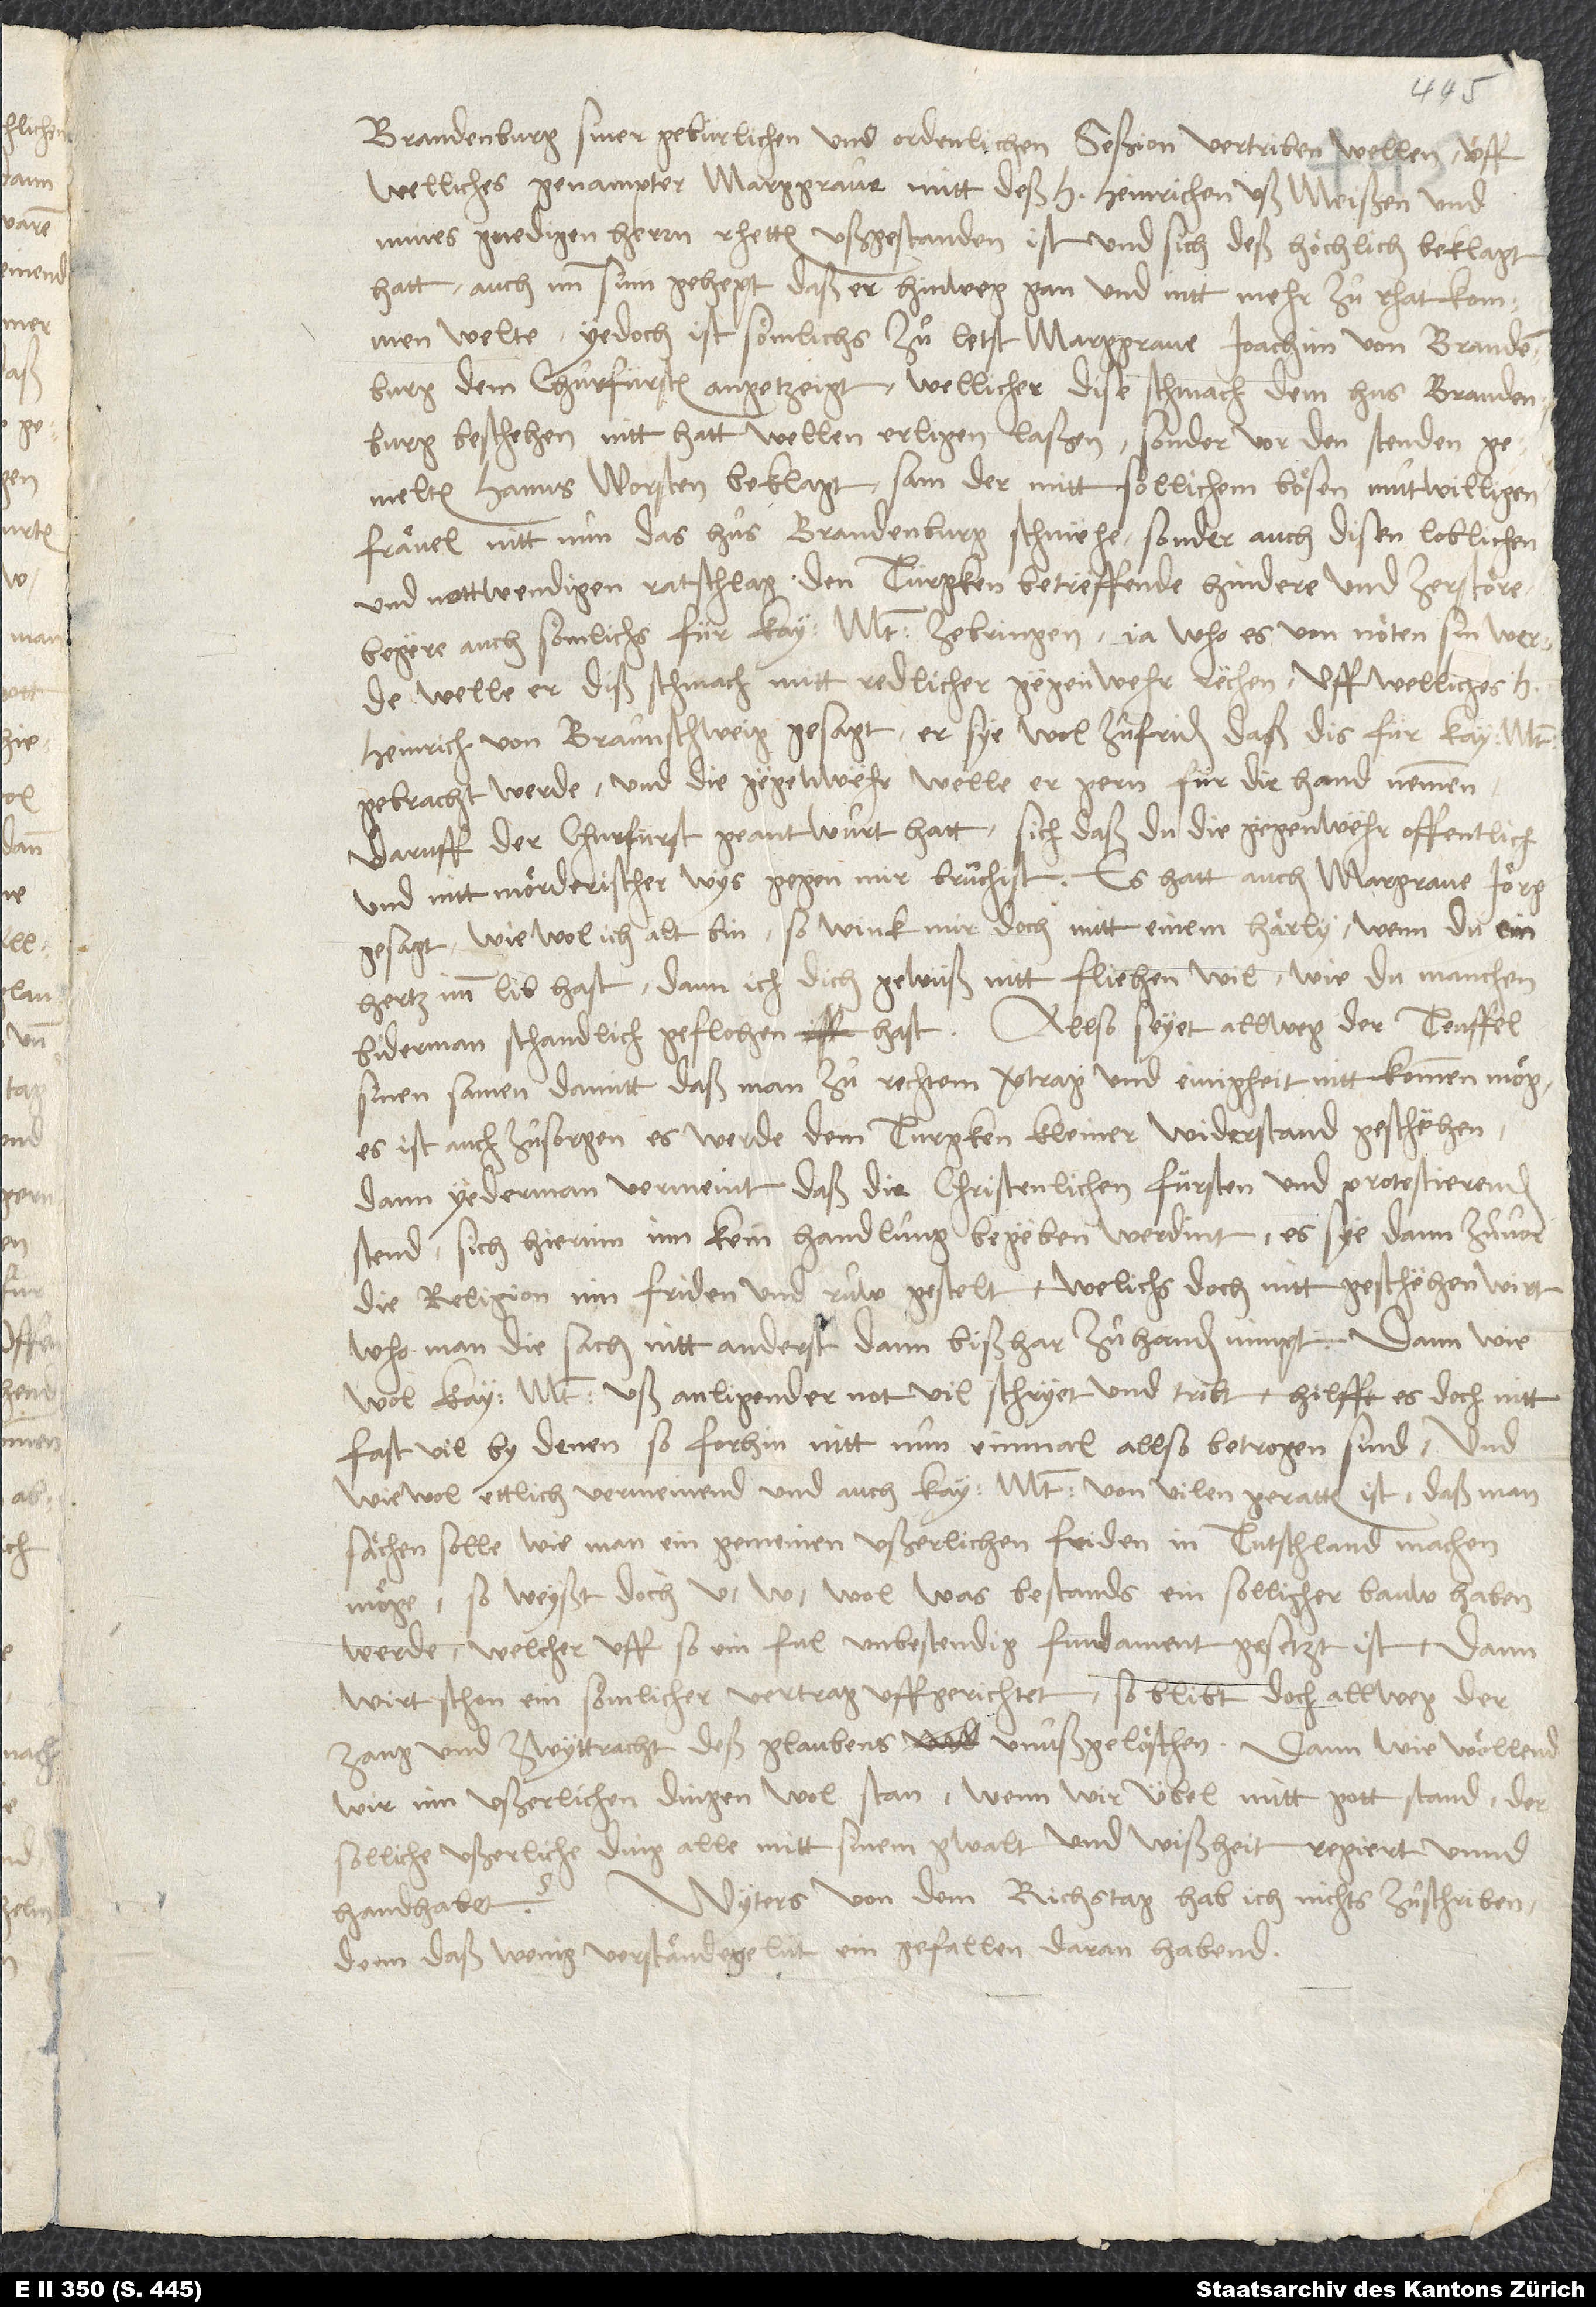
Brandenburg siner gebürlichen und ordenlichen seßion vertriben wellen, uff
welliches genampter marggrave mitt deß h. Heinrichen uß Meißen und
mines gnedigen herrn rhetten ußgestanden ist und sich deß höchlich beklagt
hatt, auch imm sinn gehept, daß er hinweg gan und nitt mehr zuͦ rhat kommen
welte. Yedoch ist sömlichs zuͦ letst marggrave Joachim von Brandenburg,
dem churfürsten, angetzeigt, wellicher dise schmach dem hus Brandenburg
beschehen nitt hatt wellen erligen lassen, sonder vor den stenden
gemelten Hanns Worsten beklagt, sam der mitt sollichem bösen, muͦtwilligen
frävel nitt nun das hus Brandenburg schmehe, sonder auch disen loblichen
und nottwendigen ratschlag, den Türgken betreffende, hindere und zerstöre;
begere auch, sömlichs für kay. mt. zebringen, ja who es von nöten sin werde,
welle er diß schmach mitt redlicher gegenwehr rechen. Uff welliches h.
Heinrich von Braunschweig gesagt, er sye wol zuͦfriden, daß dis für kay. mt.
gebracht werde, und die gegenwehr welle er gern für die hand nemmen.
Daruff der churfürst geantwurt hatt: „Sich, daß du die gegenwehr offentlich
und nitt mörderischer wys gegen mir bruchist.“ Es hatt auch margrave Jörg
gesagt: „Wie wol ich alt bin, so wink mir doch mitt einem härly, wenn du ein
hertz imm lib hast, dann ich dich gewüß nitt fliehen wil, wie du manchen
bidermann schandlich geflohen hast.“ Allso seyet allweg der teuffel
sinen samen, damitt daß man zuͦ rechtem vertrag und einigheit nitt kommen mög.
Es ist auch zuͦsorgen, es werde dem Turgken kleiner widerstand geschehen,
dann yederman vermeint, daß die christenlichen fürsten und protestierenden
stend sich hierinn inn kein handlung begeben werdint, es sye dann zuͦvor
die religion inn friden und ruͦw gestelt, welichs doch nitt geschehen wirt,
who man die sach nitt anderst dann bißhar zuͦ handen nimpt. Dann wie
wol kay. mt. uß anligender not vil schryet und tribt, hilfft es doch nitt
fast vil by denen, so forhin nitt nun einmal allso betrogen sind. Und
wie wol ettlich vermeinend und auch kay. mt. von vilen geratten ist, daß man
sächen solle, wie man ein gemeinen ußerlichen friden in Tutschland machen
möge, so weyßt doch u. w. wol, was bestands ein sollicher bauw haben
werde, welcher uff so ein ful, unbestendig fundament gesetzt ist. Dann
wirt schon ein sömlicher vertrag uffgerichtet, so blibt doch allweg der
zang und zwyttracht des glaubens unußgelöschen. Dann wie wöllend
wir inn ußerlichen dingen wol stan, wenn wir übel mitt gott stand, der
solliche ußerliche ding alle mitt sinem gwalt und wißheit regiert unnd
Wyters von dem richstag hab ich nichts zuͦschriben,
handhabet?
denn daß wenig verständige lüt ein gefallen daran habend.